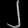
Digit: ၂